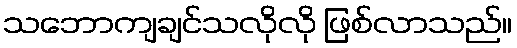
သဘောကျချင်သလိုလို ဖြစ်လာသည်။